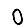
Digit: 0